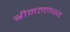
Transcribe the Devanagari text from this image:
श्रीमल्लक्ष्य